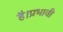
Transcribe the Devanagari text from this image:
है।प्रभावी